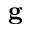
\mathbf { g }